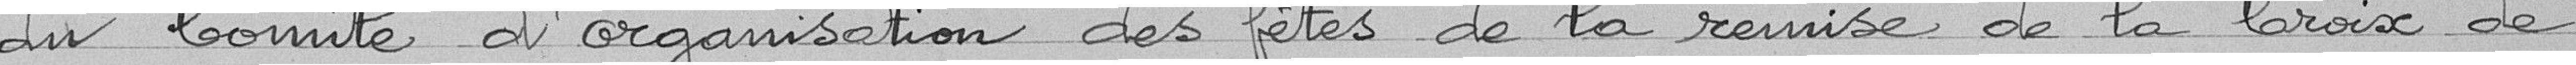
du Comité d'organisation des fêtes de la remise de la Croix de